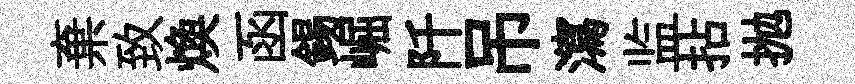
棄致煥函錫崛阡吊瀉监拈抛